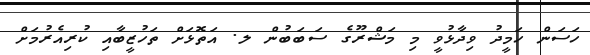
ހަސަން ހަމީދު ވިދާޅުވީ މި މަޝްރޫގެ ސަބަބުން ލ. އަތޮޅަށް ތަހުޒީބާއި ކުރިއެރުމަށް